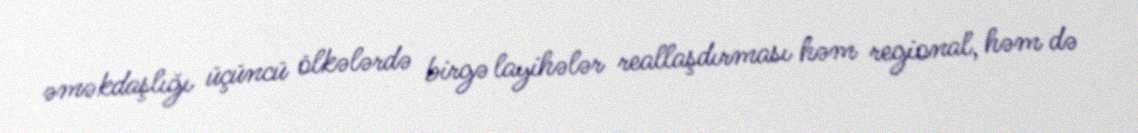
əməkdaşlığı üçüncü ölkələrdə birgə layihələr reallaşdırması həm regional, həm də